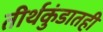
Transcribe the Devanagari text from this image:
तीर्थकुंडातही